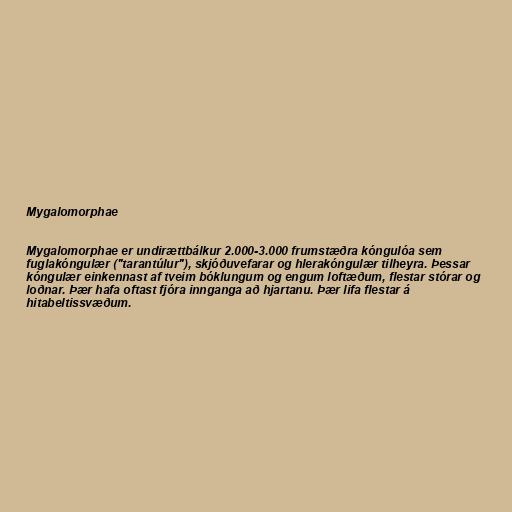
Mygalomorphae

Mygalomorphae er undirættbálkur 2.000-3.000 frumstæðra kóngulóa sem
fuglakóngulær ("tarantúlur"), skjóðuvefarar og hlerakóngulær tilheyra. Þessar
kóngulær einkennast af tveim bóklungum og engum loftæðum, flestar stórar og
loðnar. Þær hafa oftast fjóra innganga að hjartanu. Þær lifa flestar á
hitabeltissvæðum.